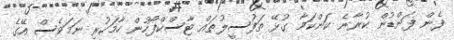
ފެން ފަންޑުން ކުރާނެ ކަންކަމާ ގުޅޭ ތަފުސީލުތައް ޓާސްކްފޯހުން ހާމަކުރި ނަމަވެސް އޭގެ